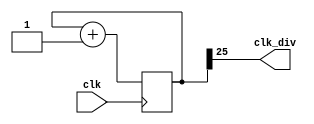
module clock_divider(clk, clk_div);   
    parameter n = 26;     
    input clk;   
    output clk_div;   
    
    reg [n-1:0] num;
    wire [n-1:0] next_num;
    
    always@(posedge clk)begin
    	num <= next_num;
    end
    
    assign next_num = num +1;
    assign clk_div = num[n-1];
    
endmodule